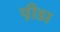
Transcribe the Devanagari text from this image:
प़ीडा